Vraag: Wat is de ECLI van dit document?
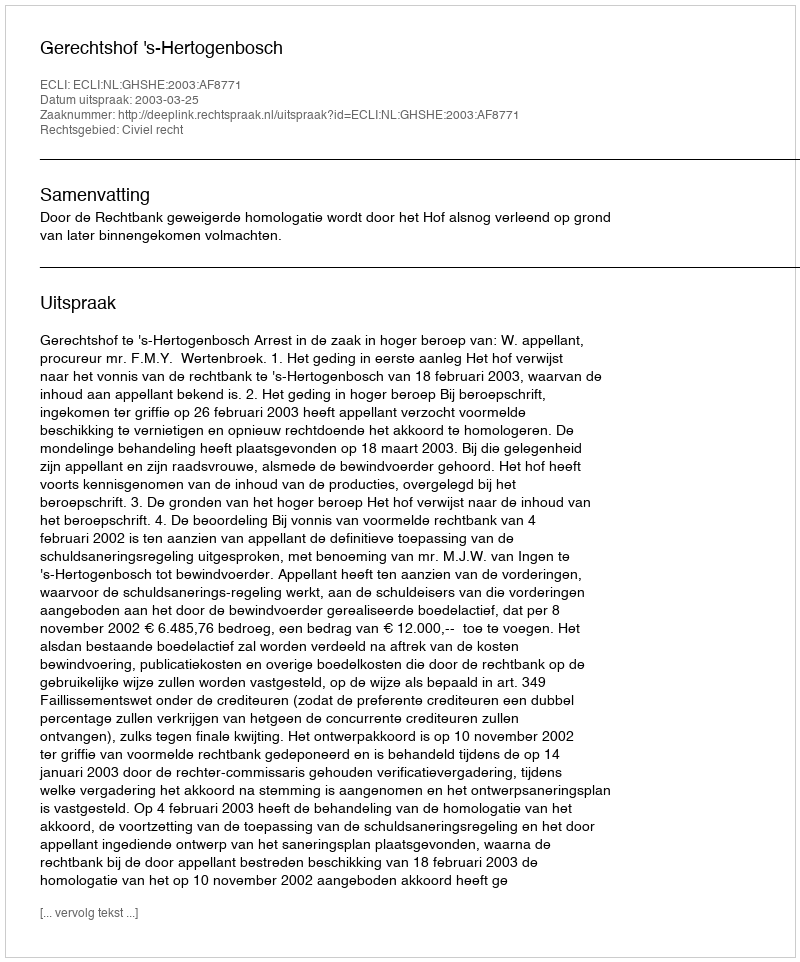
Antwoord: ECLI:NL:GHSHE:2003:AF8771